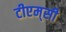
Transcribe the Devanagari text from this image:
टीएम्‌सी